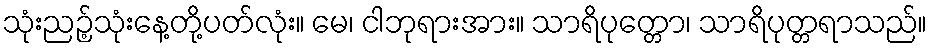
သုံးညဉ့်သုံးနေ့တို့ပတ်လုံး။ မေ၊ ငါဘုရားအား။ သာရိပုတ္တော၊ သာရိပုတ္တရာသည်။